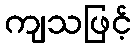
ကျသဖြင့်